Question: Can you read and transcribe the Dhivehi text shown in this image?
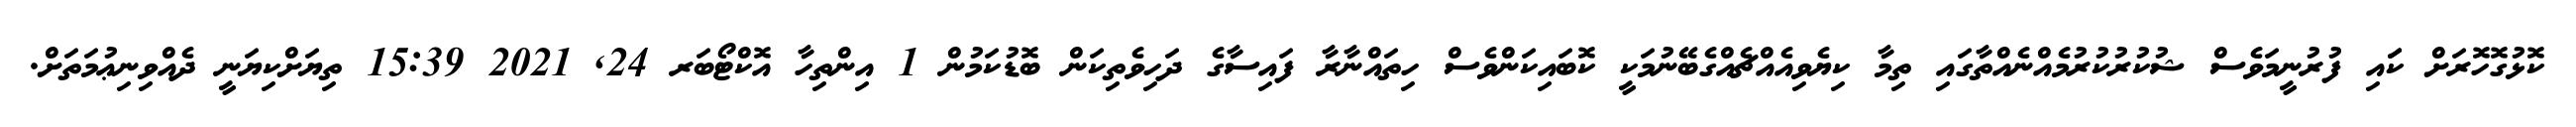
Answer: ކޮޅުގޮހޮރަށް ކަައި ފުރުނީމަވެސް ޝުކުރުކުރުމެއްނެއްތާގައި ތިމާ ކިޔެވިއެއްޗެއްގެބޭނުމަކީ ކޮބައިކަންވެސް ހިތައްނާރާ ފައިސާގެ ދަހިވެތިކަން ބޮޑުކަމުން 1 އިންތިހާ އޮކްޓޯބަރ 24, 2021 15:39 ތިޔަށްކިޔަނީ ދެއްވިނިޢުމަތަށް.